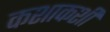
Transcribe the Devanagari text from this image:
कशाकशी